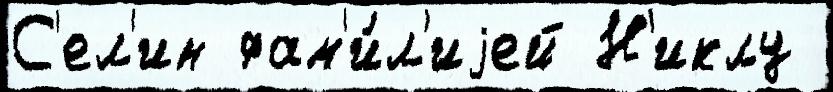
С'ел'ин фам'и́л'иjей Н'иклу